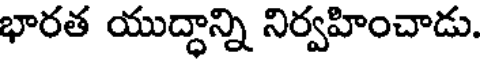
భారత యుద్ధాన్ని నిర్వహించాడు.